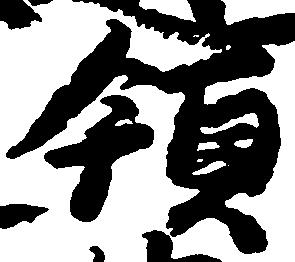
領